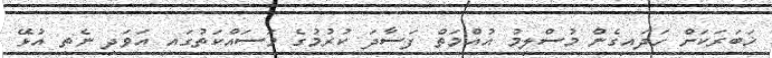
ޚަބަރަކަށް ހަދައިގެން މުސްލިމު އުއްމަތް ފަސާދަ ކުރުމުގެ މަސައްކަތުގައި އަވަދި ނެތި އުޅޭ